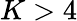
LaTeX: K>4